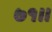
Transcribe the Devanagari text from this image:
७१।।